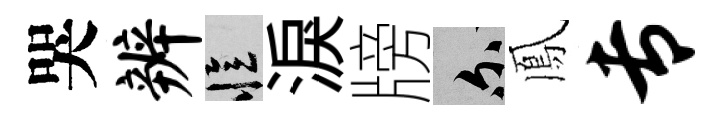
哭辨忆淚牓爾鳳专